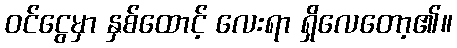
ဝင်ငွေမှာ နှစ်ထောင့် လေးရာ ရှိလေတော့၏။